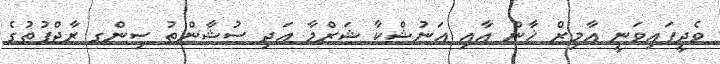
ވެދީފައިވަނީ އާމިރް ޚާން އާއި އަނުޝްކާ ޝަރްމާ އަދި ސުޝާންތު ސިންގ ރާޖްޕުތުގެ